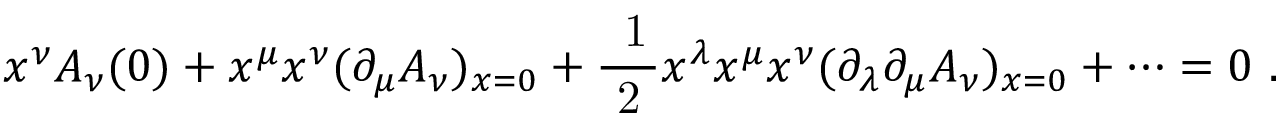
x ^ { \nu } { \cal A } _ { \nu } ( 0 ) + x ^ { \mu } x ^ { \nu } ( \partial _ { \mu } { \cal A } _ { \nu } ) _ { x = 0 } + \mathrm { \frac { ~ 1 } { ~ 2 ~ } } x ^ { \lambda } x ^ { \mu } x ^ { \nu } ( \partial _ { \lambda } \partial _ { \mu } { \cal A } _ { \nu } ) _ { x = 0 } + \cdots = 0 \ .